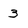
Character: 3